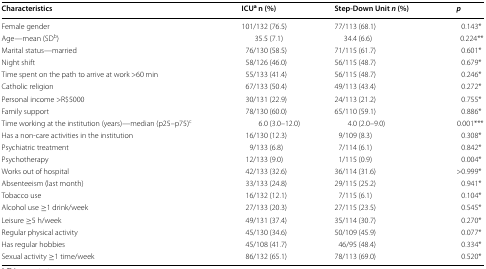
| Characteristics | ICUa n (%) | Step-Down Unit n (%) | p |
 | --- | --- | --- | --- |
 | Female gender | 101/132 (76.5) | 77/113 (68.1) | 0.143* |
 | Age—mean (SDb) | 35.5 (7.1) | 34.4 (6.6) | 0.224** |
 | Marital status—married | 76/130 (58.5) | 71/115 (61.7) | 0.601* |
 | Night shift | 58/126 (46.0) | 56/115 (48.7) | 0.679* |
 | Time spent on the path to arrive at work >60 min | 55/133 (41.4) | 56/115 (48.7) | 0.246* |
 | Catholic religion | 67/133 (50.4) | 49/113 (43.4) | 0.272* |
 | Personal income >R$5000 | 30/131 (22.9) | 24/113 (21.2) | 0.755* |
 | Family support | 78/130 (60.0) | 65/110 (59.1) | 0.886* |
 | Time working at the institution (years)—median (p25–p75)c | 6.0 (3.0–12.0) | 4.0 (2.0–9.0) | 0.001*** |
 | Has a non-care activities in the institution | 16/130 (12.3) | 9/109 (8.3) | 0.308* |
 | Psychiatric treatment | 9/133 (6.8) | 7/114 (6.1) | 0.842* |
 | Psychotherapy | 12/133 (9.0) | 1/115 (0.9) | 0.004* |
 | Works out of hospital | 42/133 (32.6) | 36/114 (31.6) | >0.999* |
 | Absenteeism (last month) | 33/133 (24.8) | 29/115 (25.2) | 0.941* |
 | Tobacco use | 16/132 (12.1) | 7/115 (6.1) | 0.104* |
 | Alcohol use ≥1 drink/week | 27/133 (20.3) | 27/115 (23.5) | 0.545* |
 | Leisure ≥5 h/week | 49/131 (37.4) | 35/114 (30.7) | 0.270* |
 | Regular physical activity | 45/130 (34.6) | 50/109 (45.9) | 0.077* |
 | Has regular hobbies | 45/108 (41.7) | 46/95 (48.4) | 0.334* |
 | Sexual activity ≥1 time/week | 86/132 (65.1) | 78/113 (69.0) | 0.520* |